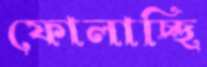
ফোলাচ্ছি